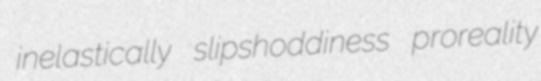
inelastically slipshoddiness proreality